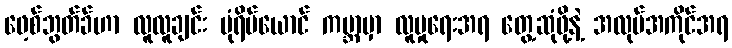
ဖေ့စ်ဘွတ်ခ်ဟာ လူလူချင်း ပုံရိပ်ယောင် ကမ္ဘာမှာ လူမှုရေးအရ တွေ့ဆုံဖို့နဲ့ အလုပ်အကိုင်အရ